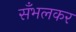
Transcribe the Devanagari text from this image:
सँभलकर